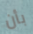
بأن